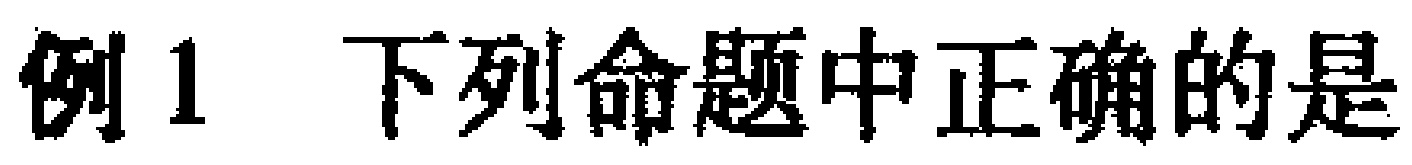
例1 下列命题中正确的是